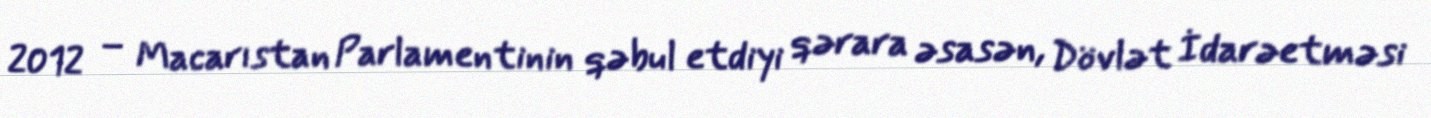
2012 – Macarıstan Parlamentinin qəbul etdiyi qərara əsasən, Dövlət İdarəetməsi